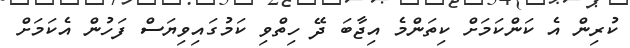
ކުރިން އެ ކަންކަމަށް ކިތަންމެ އިޖާބަ ދޭ ހިތްވި ކަމުގައިވިޔަސް ފަހުން އެކަމަށް